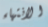
الانتهاء